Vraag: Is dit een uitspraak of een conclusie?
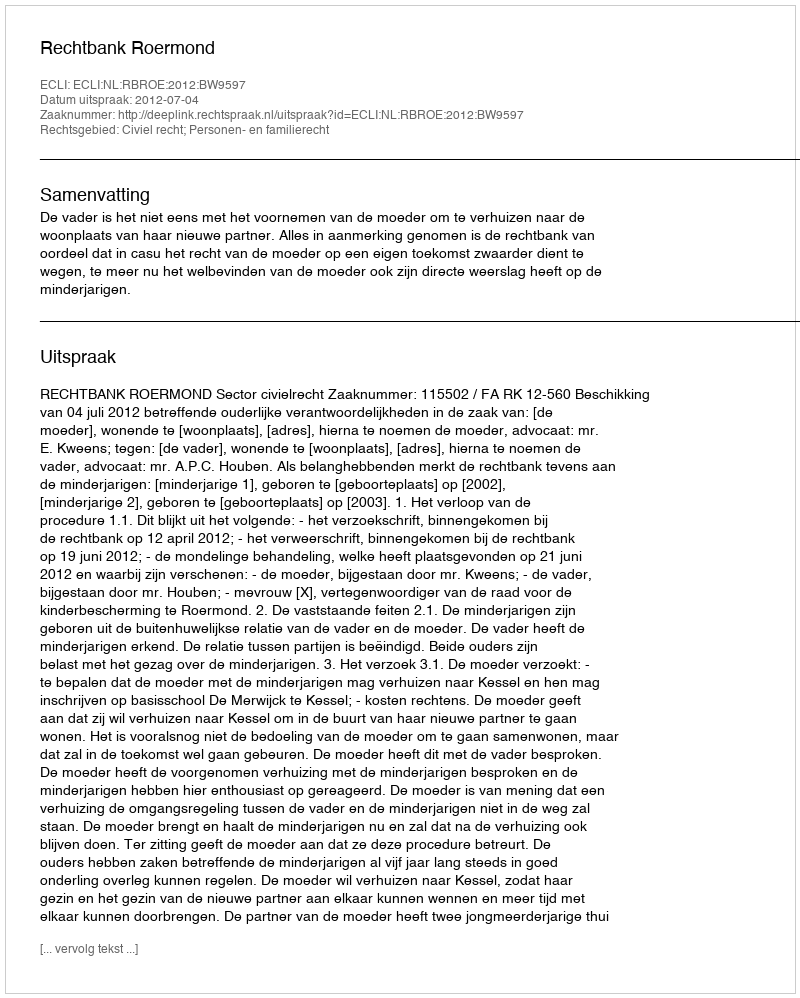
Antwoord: Uitspraak